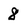
Character: 8